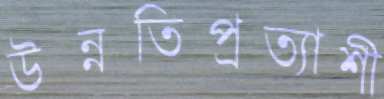
উন্নতিপ্রত্যাশী